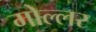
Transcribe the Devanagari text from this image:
मोल्लर